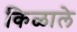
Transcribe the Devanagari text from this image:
किळाले